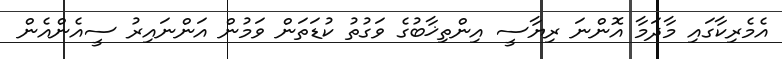
އެމެރިކާގައި މާދަމާ އޮންނަ ރިޔާސީ އިންތިޚާބުގެ ވަގުތު ކުޑަތަން ވަމުން އަންނައިރު ސީއެންއެން